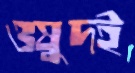
ওষুদই